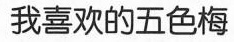
我喜欢的五色梅